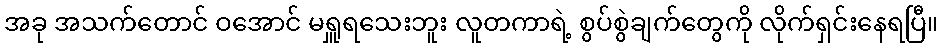
အခု အသက်တောင် ဝအောင် မရှူရသေးဘူး လူတကာရဲ့ စွပ်စွဲချက်တွေကို လိုက်ရှင်းနေရပြီ။